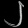
Digit: ၂